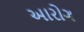
આરોગ